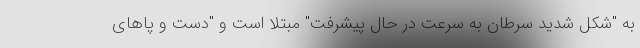
به "شکل شدید سرطان به سرعت در حال پیشرفت" مبتلا است و "دست و پاهای